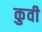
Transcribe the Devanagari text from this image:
कुवी